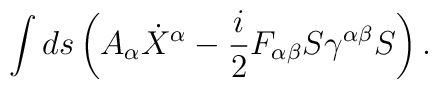
\int ds \left(  A_\alpha   \dot X^\alpha  -  {i\over 2}  F_{\alpha\beta}S\gamma^{\alpha\beta} S \right).